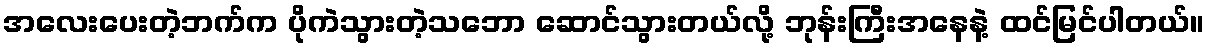
အလေးပေးတဲ့ဘက်က ပိုကဲသွားတဲ့သဘော ဆောင်သွားတယ်လို့ ဘုန်းကြီးအနေနဲ့ ထင်မြင်ပါတယ်။